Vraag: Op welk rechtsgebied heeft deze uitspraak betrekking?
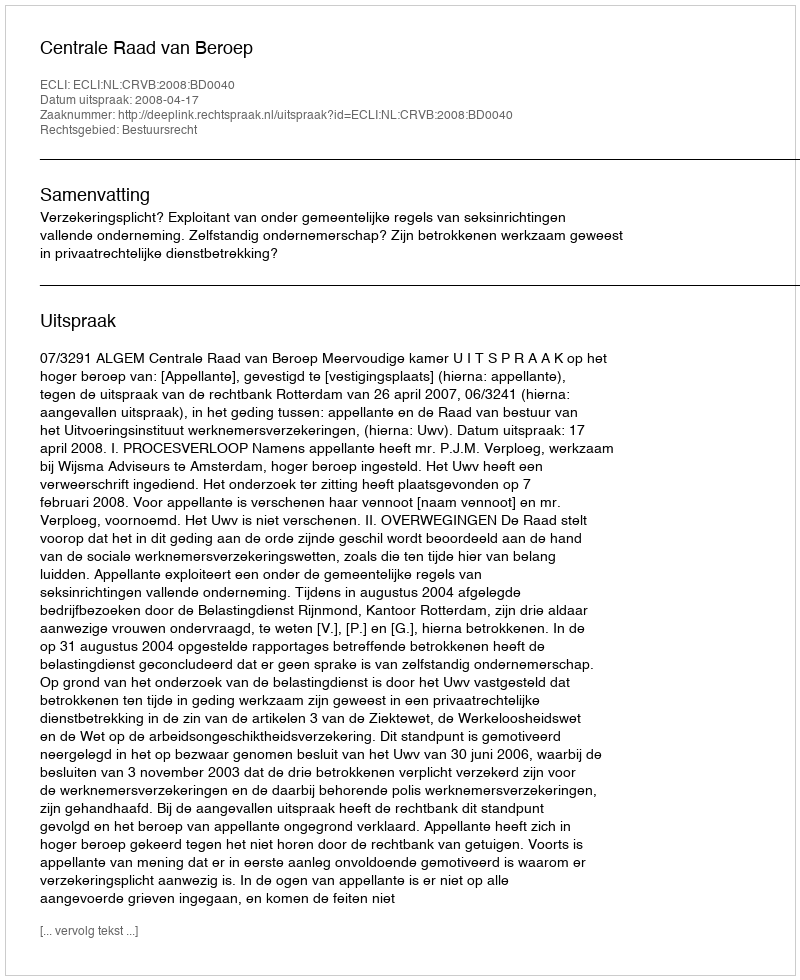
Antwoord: Bestuursrecht